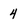
Character: 4